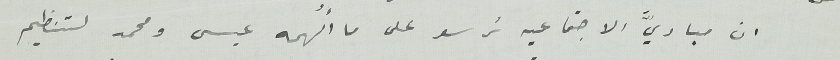
ان مباديَّ الاجتماعية ترسو على ما أُلهمه عيسى ومحمد لتنظيم